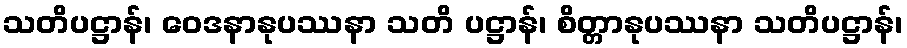
သတိပဋ္ဌာန်၊ ဝေဒနာနုပဿနာ သတိ ပဋ္ဌာန်၊ စိတ္တာနုပဿနာ သတိပဋ္ဌာန်၊